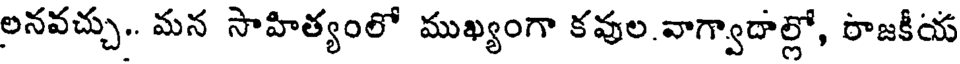
లనవచ్చు.. మన సాహిత్యంలో ముఖ్యంగా కవుల.వాగ్వాదాల్లో, రాజకీయ